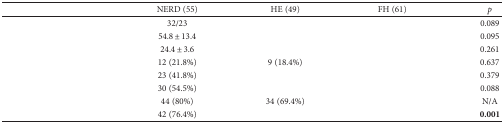
<table><thead><tr><td>[EMPTY_CELL]</td><td><b>NERD (55)</b></td><td><b>HE (49)</b></td><td><b>FH (61)</b></td><td><b><i>p</i></b></td></tr></thead><tbody><tr><td>[EMPTY_CELL]</td><td>32/23</td><td>[EMPTY_CELL]</td><td>[EMPTY_CELL]</td><td>0.089</td></tr><tr><td>[EMPTY_CELL]</td><td>54.8 ± 13.4</td><td>[EMPTY_CELL]</td><td>[EMPTY_CELL]</td><td>0.095</td></tr><tr><td>[EMPTY_CELL]</td><td>24.4 ± 3.6</td><td>[EMPTY_CELL]</td><td>[EMPTY_CELL]</td><td>0.261</td></tr><tr><td>[EMPTY_CELL]</td><td>12 (21.8%)</td><td>9 (18.4%)</td><td>[EMPTY_CELL]</td><td>0.637</td></tr><tr><td>[EMPTY_CELL]</td><td>23 (41.8%)</td><td>[EMPTY_CELL]</td><td>[EMPTY_CELL]</td><td>0.379</td></tr><tr><td>[EMPTY_CELL]</td><td>30 (54.5%)</td><td>[EMPTY_CELL]</td><td>[EMPTY_CELL]</td><td>0.088</td></tr><tr><td>[EMPTY_CELL]</td><td>44 (80%)</td><td>34 (69.4%)</td><td>[EMPTY_CELL]</td><td>N/A</td></tr><tr><td>[EMPTY_CELL]</td><td>42 (76.4%)</td><td>[EMPTY_CELL]</td><td>[EMPTY_CELL]</td><td><b>0.001</b></td></tr></tbody></table>